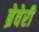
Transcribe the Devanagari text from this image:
ब्रेवेरी